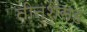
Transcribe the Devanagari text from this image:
तीनशेंसह